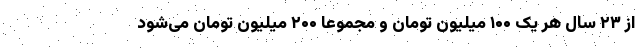
از ۲۳ سال هر یک ۱۰۰ میلیون تومان و مجموعاً ۲۰۰ میلیون تومان می‌شود